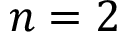
n = 2